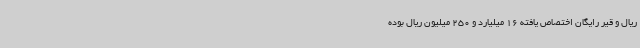
ریال و قیر رایگان اختصاص یافته 16 میلیارد و 250 میلیون ریال بوده